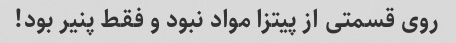
روی قسمتی از پیتزا مواد نبود و فقط پنیر بود!